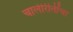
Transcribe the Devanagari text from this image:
चालीरीतींचा